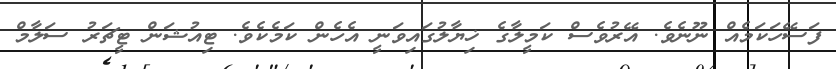
ފަސޭހަކަމެއް ނޫނެވެ. އޭރުވެސް ކަމީލާގެ ޚިޔާލުގައިވަނީ އެހެން ކަމެކެވެ. ޓިއުޝަން ޓީޗަރު ސަލާމް